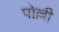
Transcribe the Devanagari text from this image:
पोल्ली